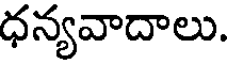
ధన్యవాదాలు.